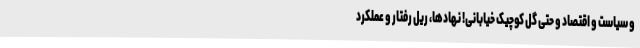
و سیاست و اقتصاد و حتی گل کوچیک خیابانی! نهادها، ریل رفتار و عملکرد